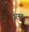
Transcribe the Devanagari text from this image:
धरमत